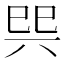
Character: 巺